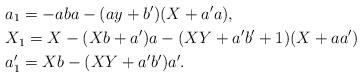
LaTeX: \begin{align*}&a_1=-aba-(ay+b')(X+a'a),\\&X_1=X-(Xb+a')a-(XY+a'b'+1)(X+aa')\\&a_1'=Xb-(XY+a'b')a'.\end{align*}